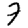
Digit: 7